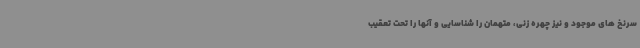
سرنخ های موجود و نیز چهره زنی، متهمان را شناسایی و آنها را تحت تعقیب